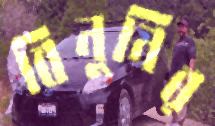
বিনুনির